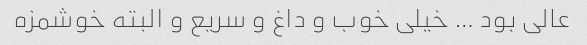
عالی بود … خیلی خوب و داغ و سریع و البته خوشمزه